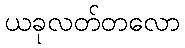
ယခုလတ်တလော